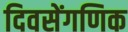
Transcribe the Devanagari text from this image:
दिवसेंगणिक